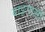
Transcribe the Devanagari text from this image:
बाङ्गाली